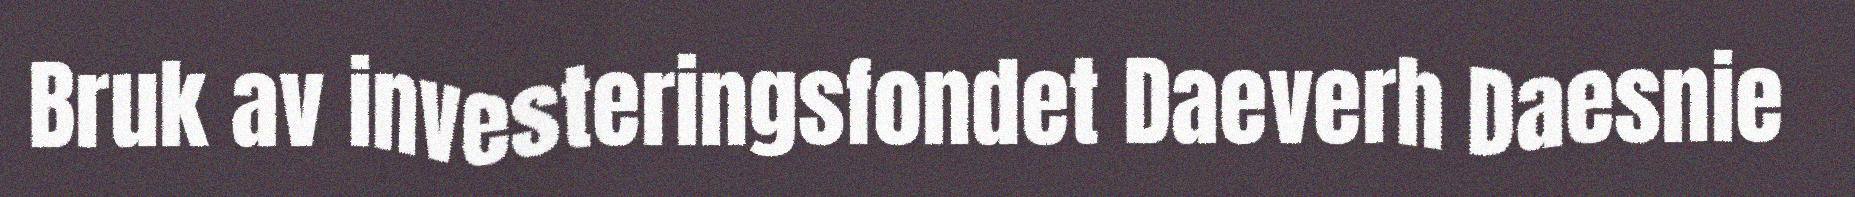
Bruk av investeringsfondet Daeverh Daesnie